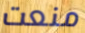
منعت